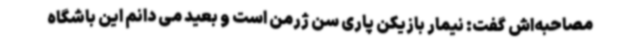
مصاحبه‌اش گفت: نیمار بازیکن پاری سن ژرمن است و بعید می دانم این باشگاه